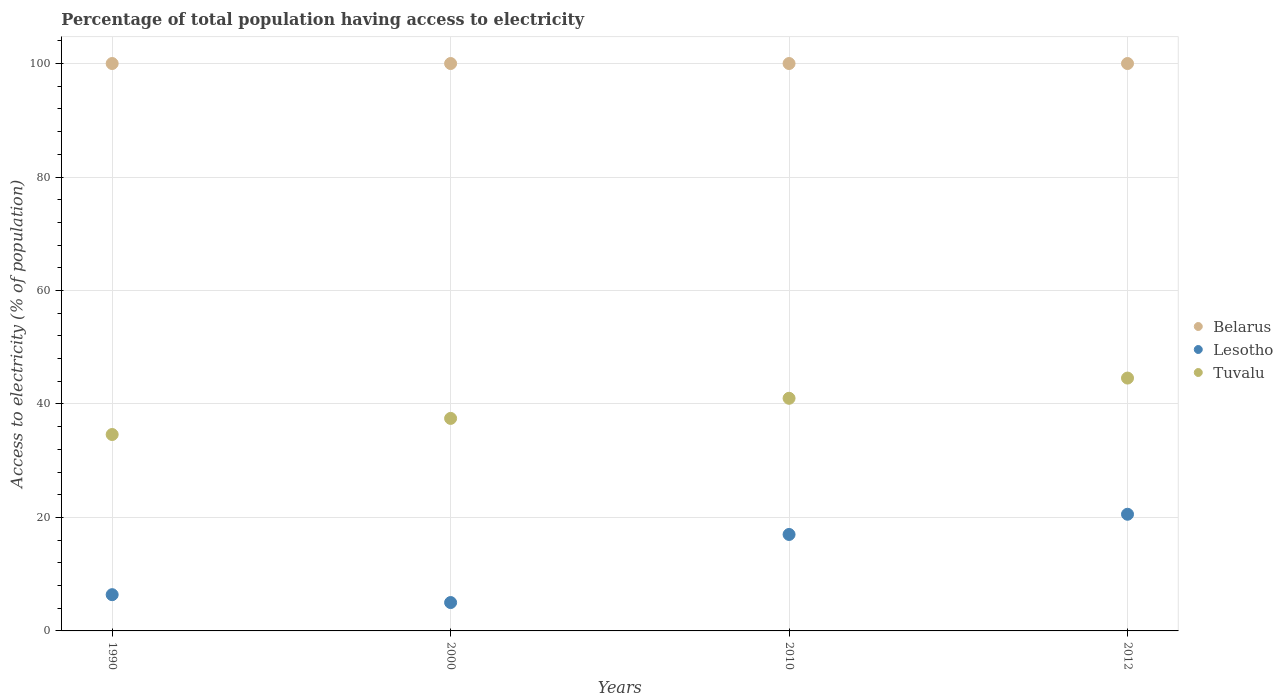
| Years | Belarus | Lesotho | Tuvalu |
 | --- | --- | --- | --- |
 | 1990 | 100 | 6.39 | 34.6 |
 | 2000 | 100 | 5 | 37.5 |
 | 2010 | 100 | 17 | 41 |
 | 2012 | 100 | 20.6 | 44.6 |